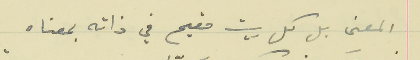
المعنى بل كل بيت مقيم في ذاته بمعناه